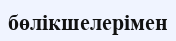
бөлікшелерімен